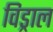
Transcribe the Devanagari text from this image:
विड्राल